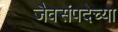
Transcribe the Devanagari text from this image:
जैवसंपदेच्या